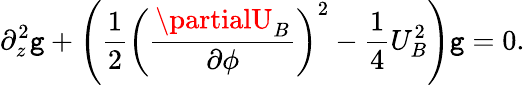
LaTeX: \partial_{z}^{2}\mathtt{g}+\left(\frac{{1}}{{2}}\left(\frac{{\partialU_{B}}}{{\partial\phi}}\right)^{2}-\frac{{1}}{{4}}U_{B}^{2}\right)\mathtt{g}=0.